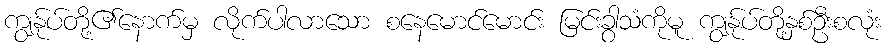
ကျွန်ုပ်တို့၏နောက်မှ လိုက်ပါလာသော စနေမောင်မောင်း မြင်းခွာသံကိုမူ ကျွန်ုပ်တို့နှစ်ဦးစလုံး